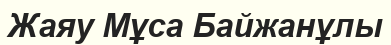
Жаяу Мұса Байжанұлы